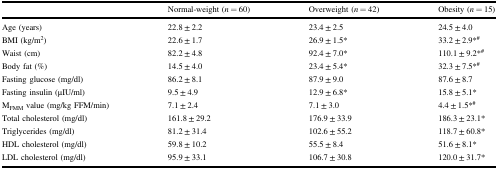
<table><thead><tr><td></td><td><b>Normal-weight (<i>n</i> = 60)</b></td><td><b>Overweight (<i>n</i> = 42)</b></td><td><b>Obesity (<i>n</i> = 15)</b></td></tr></thead><tbody><tr><td>Age (years)</td><td>22.8 ± 2.2</td><td>23.4 ± 2.5</td><td>24.5 ± 4.0</td></tr><tr><td>BMI (kg/m<sup>2</sup>)</td><td>22.6 ± 1.7</td><td>26.9 ± 1.5*</td><td>33.2 ± 2.9*<sup>#</sup></td></tr><tr><td>Waist (cm)</td><td>82.2 ± 4.8</td><td>92.4 ± 7.0*</td><td>110.1 ± 9.2*<sup>#</sup></td></tr><tr><td>Body fat (%)</td><td>14.5 ± 4.0</td><td>23.4 ± 5.4*</td><td>32.3 ± 7.5*<sup>#</sup></td></tr><tr><td>Fasting glucose (mg/dl)</td><td>86.2 ± 8.1</td><td>87.9 ± 9.0</td><td>87.6 ± 8.7</td></tr><tr><td>Fasting insulin (μIU/ml)</td><td>9.5 ± 4.9</td><td>12.9 ± 6.8*</td><td>15.8 ± 5.1*</td></tr><tr><td>M<sub>FMM</sub> value (mg/kg FFM/min)</td><td>7.1 ± 2.4</td><td>7.1 ± 3.0</td><td>4.4 ± 1.5*<sup>#</sup></td></tr><tr><td>Total cholesterol (mg/dl)</td><td>161.8 ± 29.2</td><td>176.9 ± 33.9</td><td>186.3 ± 23.1*</td></tr><tr><td>Triglycerides (mg/dl)</td><td>81.2 ± 31.4</td><td>102.6 ± 55.2</td><td>118.7 ± 60.8*</td></tr><tr><td>HDL cholesterol (mg/dl)</td><td>59.8 ± 10.2</td><td>55.5 ± 8.4</td><td>51.6 ± 8.1*</td></tr><tr><td>LDL cholesterol (mg/dl)</td><td>95.9 ± 33.1</td><td>106.7 ± 30.8</td><td>120.0 ± 31.7*</td></tr></tbody></table>